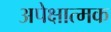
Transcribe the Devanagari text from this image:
अपेक्षात्मक